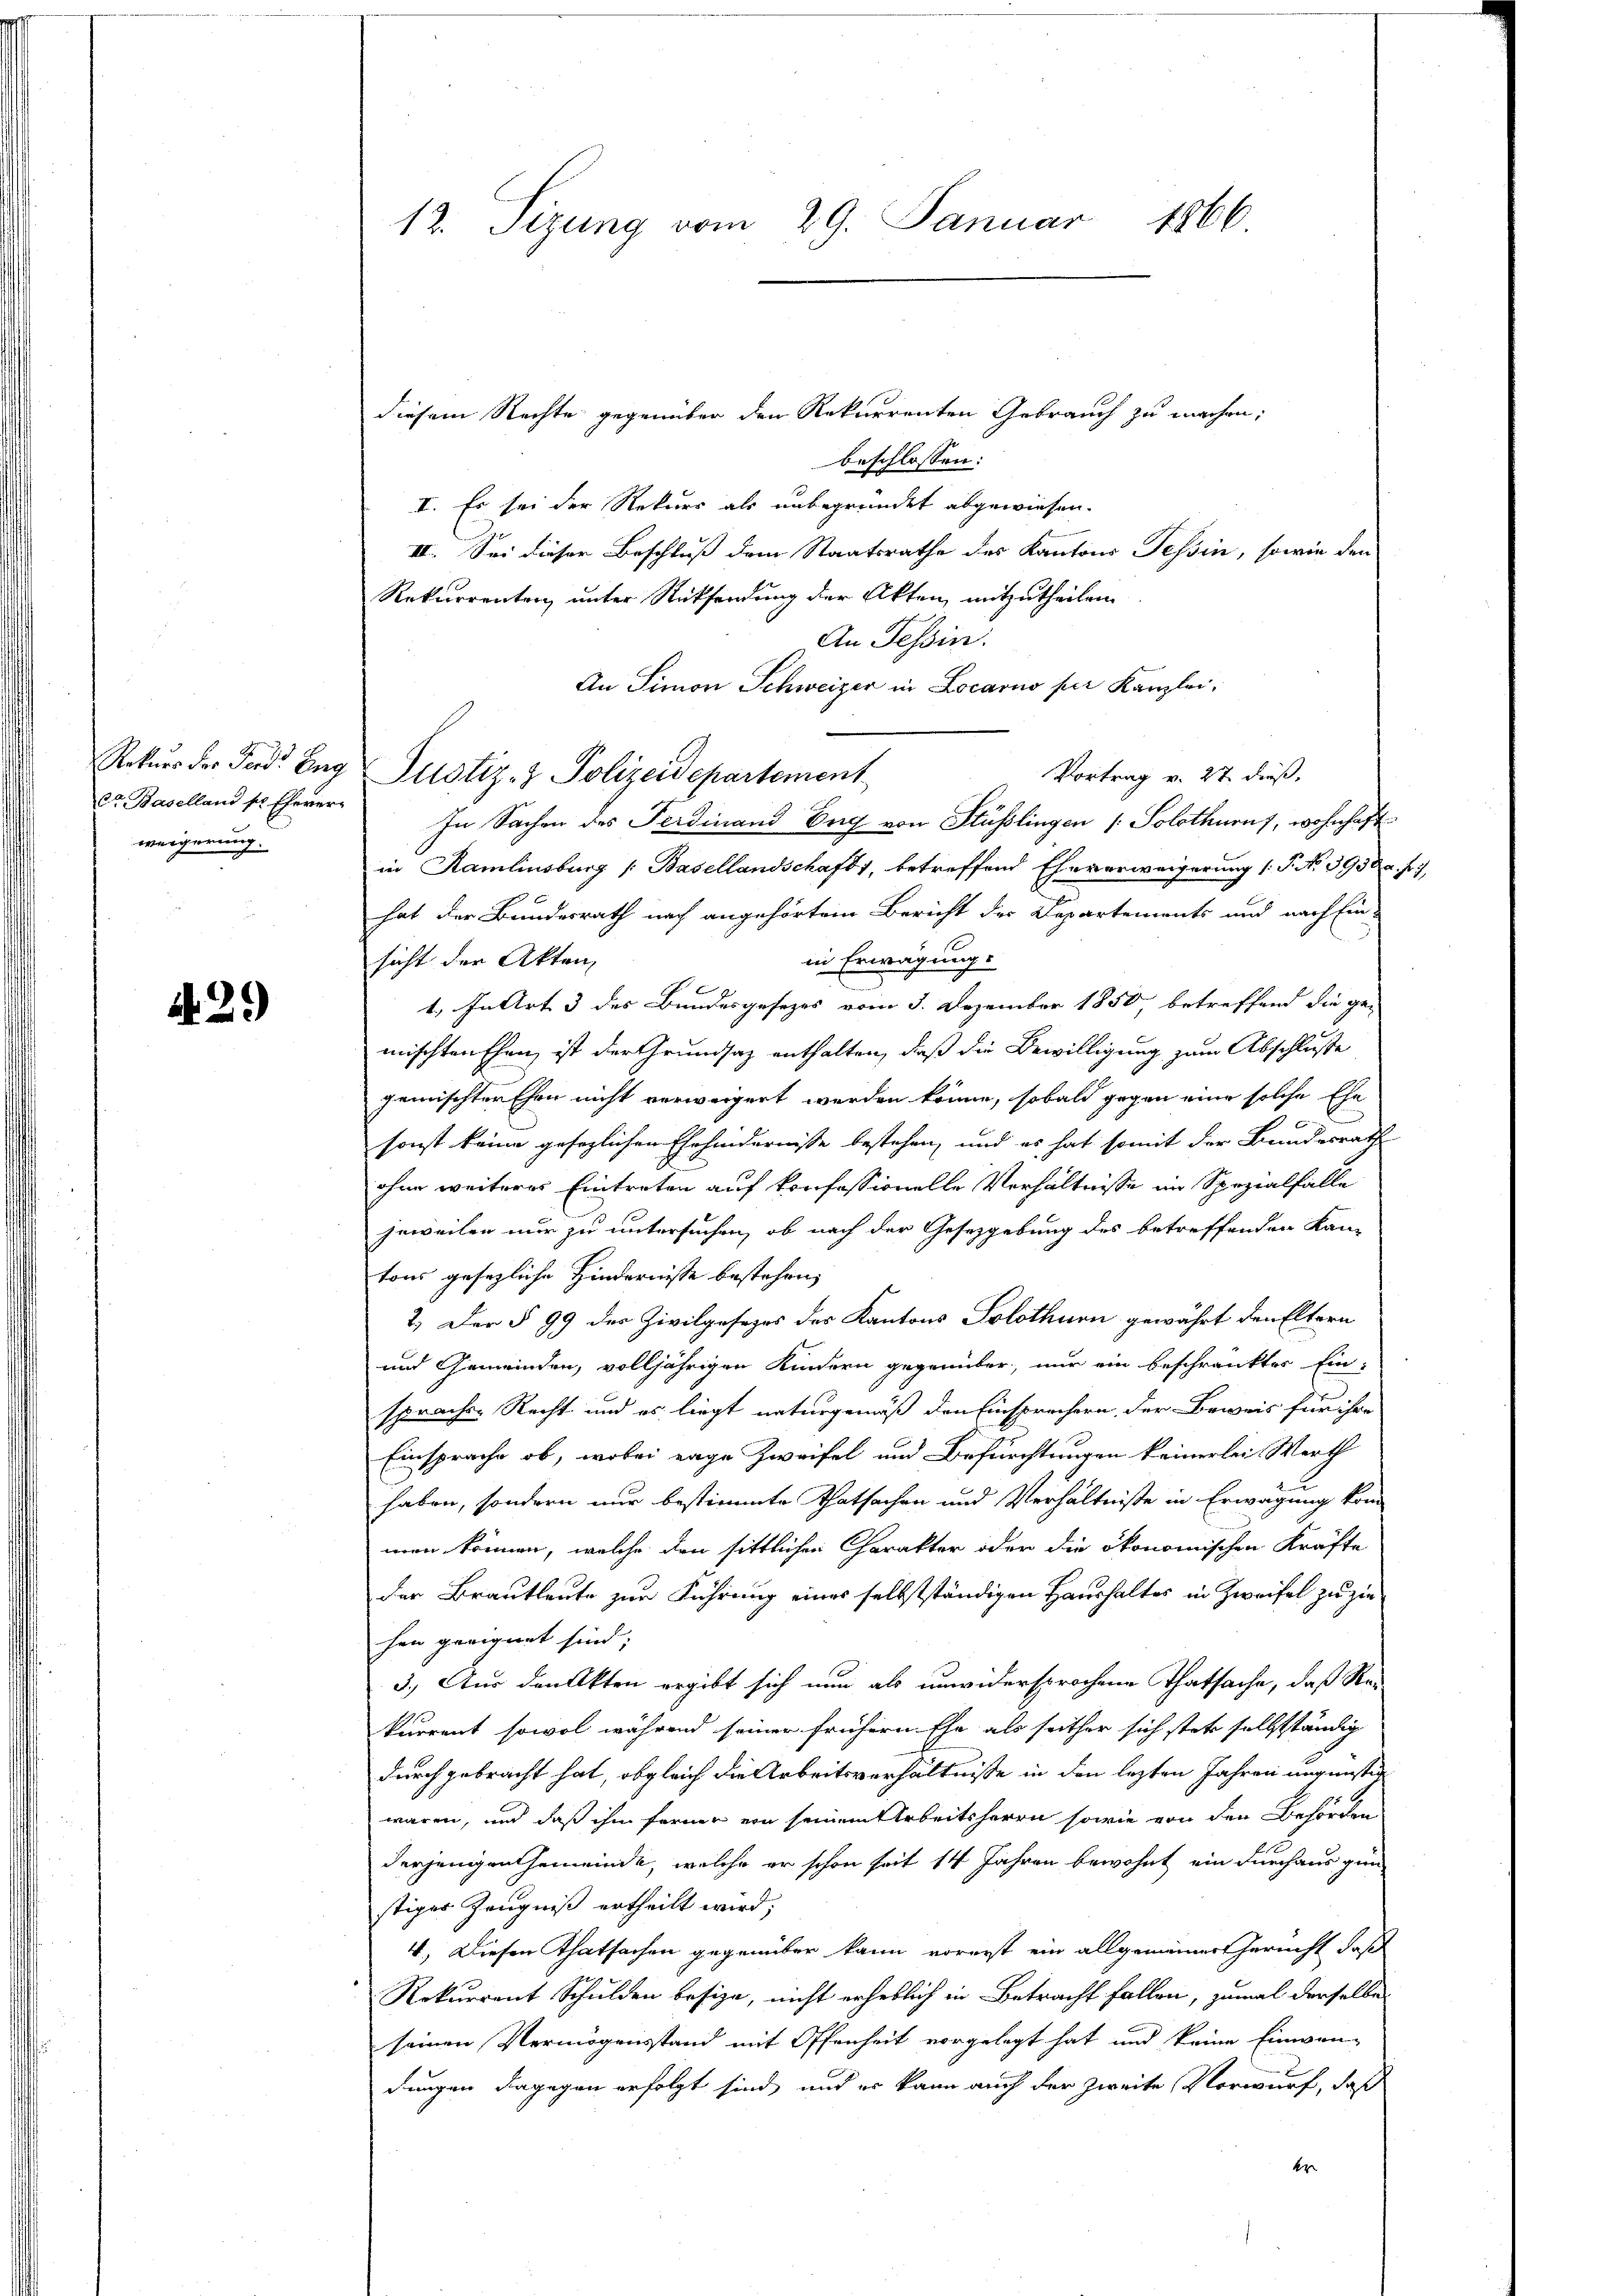
Rekurs der Ferd. Eing
dt Baselland sr. Eherer
weigerung.

429)

12. Sizung vom 29. Januar
1866.

diesem Rechte gegenüber den Rekurrenten Gebrauch zu machen;
beschlossen:
I. Es sei der Rekurs als unbegründet abgewiesen.
II. Sei dieser Beschluß dem Staatsrathe des Kantons Tessin, sowie den
Rekurrenten unter Rücksendung der Akten, mitzutheilen.
An Tessin.
An Simon Schweizer in Locarno per Kanzlei,
Vortrag v. 27. dieß.
In Sachen des Ferdinand Tag von Stüsslingen ( Solothurus, wohnhaft
in Ramlinsburg /: Basellandschaft 1, betreffend Eheverweigerung (T. N. 3958 u. fr.,
hat der Bundesrath nach angehörtem Bericht der Departements und nach Ein-
in Erwägung.
sicht der Akten,
g
1. In Art 3 des Bundesgesezes vom 3. Dezember 1850, betreffend die ge-
mischten Ehen ist der Grundsaz enthalten, daß die Bewilligung zum Abschluße
gemischter Ehen nicht verweigert werden könne, sobald gegen eine solche Ehe
2
sonst keine gesezlichen Ehehindernisse bestehen, und es hat somit der Bundesrath
ohne weiteres Eintreten auf konfessionelle Verhältnisse im Spezialfalle
jeweilen nur zu untersuchen, ob nach der Gesetzgebung des betreffenden Kan-
tons gesezliche Hindernisse bestehen,
2.) Der § 99 des Zivilgesezes der Kantons Solothurn gewährt den Eltern
und Gemeinden, volljährigen Kindern gegenüber, nur ein beschränkter Ein-
sprachen Recht und es liegt naturgemäß den Einsprechern, der Beweis für ihre
Einsprache ob, wobei rage Zweifel und Befürchtungen keinerlei Werth
haben, sondern nur bestimmte Thatsachen und Verhältniße in Erwägung kom
men können, welche den sittlichen Charakter oder die ökonomischen Kräfte
der Brautleute zur Führung eines selbstständigen Haushaltes in Zweifel zu ziehen geeignet sind;
3.) Aus den Akten ergibt sich nun als unwidersprochene Thatsache, daß Rekurrent sowol während seiner frühern Ehe als seither sich stete selbstständig
durch gebracht hat, obgleich die Arbeitsverhältnisse in den lezten Jahren ungünster
waren, und daß ihm ferner von seinem Arbeitsherrn sowie von den Behörden
derjenigenthemeinde, welche er schon seit 14 Jahren bewohnt, ein durchaus gün-
stiger Zeugniß ertheilt wird;
4.) Diesen Thatsachen gegenüber kann vorerst ein allgemeiner Gericht, daß
Rekurrent Schulden besize, nicht erheblich in Betracht fallen, zumal derselbe
seinen Vermögensstand mit Offenheit vorgelegt hat und keine Einwendungen dagegen erfolgt sind, und er kann auch der zweite Vorwurf, daß
er

Justiz- & Polizeidepartement